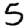
Digit: 5